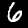
Label: 6